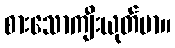
စားသောကျီးယုတ်မာ။